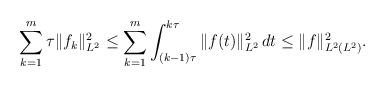
LaTeX: \begin{align*}\sum_{k = 1}^m \tau \|f_k\|_{L^2}^2 \le \sum_{k = 1}^m \int_{(k - 1) \tau}^{k \tau}\|f(t)\|_{L^2}^2\,dt \le \|f\|_{L^2(L^2)}^2.\end{align*}